Vital statistics of India. Vol. IV, Annual returns from 1871 to 1876. British Army of India, Native Army and jails of Bengal
Year: 1871
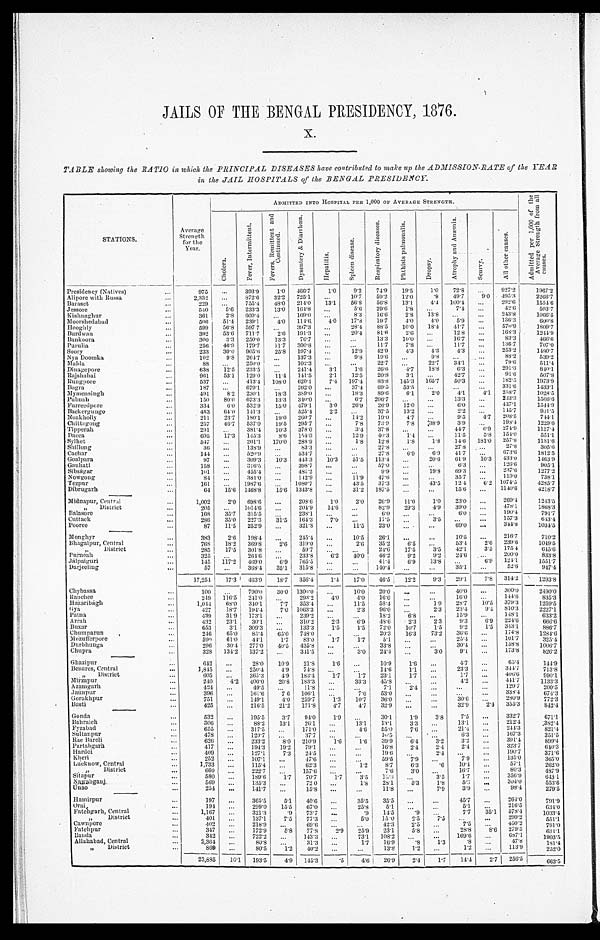
JAILS OF THE BENGAL PRESIDENCY, 1876.
TABLE showing the RATIO in which the PRINCIPAL DISEASES have contributed to make up the ADMISSION-RATE of the YEAR
in the JAIL HOSPITALS of the BENGAL PRESIDENCY.
S T A T I O N S .
A v e r a g e S t r e n g t h f o r t h e Y e a r .
ADMITTED INTO HOSPITAL PER 1, 000 OF AVERAGE STRENGTH.
A d m i t t e d p e r 1 , 0 0 0 o f t h e A v e r a g e S t r e n g t h f r o m a l l c a u s e s .
Ch o l e r a .
F e v e r , I n t e r m i t t e n t .
F e v e r R e m i t t e n t a n d C o n t i n u e d .
D y s e n t e r y & D i a r r h œ a .
H e p a t i t i s .
S p l e e n d i s e a s e .
R e s p i r a t o r y d i s e a s e s .
P h t h i s i s p u l m o n a l i s .
D r o p s y .
A t r o p h y a n d A n æ m i a .
S c u r v y . A l l o t h e r c a u s e s .
Presidency (Natives)
9 7 5
. . .
3 9 3 . 9
1 . 0
4 6 6 . 7
1 . 0
9 . 2
7 4 . 9
1 9 . 5
1 . 0
7 2 . 8
. . .
9 2 7 . 2
1 9 6 7 . 2
Alipore with Russa
2 , 3 3 2
. . .
8 7 2 . 6
3 2 . 2
7 2 5 . 1
. . .
1 0 . 7
5 9 . 2
1 2 . 0
. 9
4 9 . 7
9 . 0
4 9 5 . 3
2 2 6 6 . 7
Baraset
2 2 9
. . .
7 5 5 . 4
4 8 . 0
2 1 4 . 0
1 3 . 1
5 6 . 8
5 6 . 8
1 3 . 1
4 . 4
1 0 0 . 4
. . .
2 9 2 . 6
1 5 5 4 . 6
Jessore
5 4 0
5 . 6
2 3 3 . 3
1 3 . 0
1 6 4 . 8
. . .
5 . 6
2 9 . 6
1 . 8
. . .
7 . 4
. . .
4 2 . 6
5 0 3 . 7
Kishnaghur
3 6 1
2 . 8
6 0 9 . 4
. . .
1 6 9 . 0
. . .
8 . 3
1 6 . 6
2 . 8
1 3 . 8 . . .
. . .
2 4 3 . 8
1 0 6 6 . 5
Moorshedabad
5 0 6
5 1 . 4
2 3 9 . 1
4 . 0
1 1 4 . 6
4 . 0
1 7 . 8
1 9 . 7
4 . 0
4 . 0
5 . 9
. . .
1 3 6 . 3
6 0 0 . 8
Hooghly
5 9 9
5 6 . 8
5 9 7 . 7
. . .
3 9 7 . 3
. . .
2 8 . 4
8 8 . 5
1 0 . 0
1 8 . 4
4 1 . 7
. . .
5 7 0 . 9
1 8 0 9 . 7
Burdwan
3 9 2
5 3 . 6
7 1 1 . 7
2 . 6
1 9 1 . 3
. . .
2 0 . 4
8 1 . 6
2 . 6
. . .
1 2 . 8
. . .
1 6 8 . 3
1 2 4 4 . 9
Bankoora
3 0 0
3 . 3
2 5 0 . 0
1 3 . 3
7 6 . 7
. . .
. . .
1 3 . 3
1 0 . 0 . . .
1 6 . 7
. . .
8 3 . 3
4 6 6 . 6
Purulia
2 5 6
4 6 . 9
1 7 9 . 7
1 1 . 7
3 0 0 . 8
. . . . . .
1 1 . 7
7 . 8
. . .
1 1 . 7 . . .
1 3 6 . 7
7 0 7 . 0
Soory
2 3 3
3 0 . 0
9 0 5 . 6
2 5 . 8
1 9 7 . 4
. . .
1 2 . 9
4 2 . 9
4 . 3
4 . 3
4 . 3
. . .
2 5 3 . 2
1 4 8 0 . 7
Nya Doomka
1 0 2
9 . 8
2 6 4 . 7
. . . . . .
1 3 7 . 3
. . .
9 . 8
1 9 . 6
. . .
9 . 8
. . .
. . .
8 8 . 2
5 3 9 . 2
Malda
8 8
. . .
2 5 0 . 0
. . .
1 0 2 . 3
. .
. . .
2 2 . 7 . . .
2 2 . 7
3 4 . 1
. . .
7 9 . 6
5 1 1 . 4
Dinagepore
6 3 8
1 2 . 5
2 3 3 . 5
. . .
2 4 1 . 4
3 . 1
1 . 6
2 6 . 6
4 . 7
1 8 . 8
6 . 3
. . .
2 9 1 . 3
8 4 0 . 1
Rajshahai
9 6 1
5 3 . 1
1 2 9 . 0
1 1 . 4
1 4 1 . 5
2 . 1
1 2 . 5
2 0 . 8
3 . 1
. . .
4 2 . 7
. . .
9 1 . 6
5 0 7 . 8
Rungpore
5 3 7
. . .
4 1 3 . 4
1 0 8 . 0
6 2 0 . 1
7 . 4
1 9 7 . 4
8 3 . 8
1 4 5 . 3
1 6 5 . 7
5 0 . 3
1 8 2 . 5
1 9 7 3 . 9
Bogra
1 8 7
. . .
6 7 9 . 1
. . .
2 6 2 . 0
. . .
3 7 . 4
6 9 . 5
5 3 . 5
. . .
. . .
. . .
3 3 1 . 6
1 4 3 3 . 1
Mymensingh
4 9 1
8 . 2
2 3 0 . 1
1 8 . 3
3 8 9 . 0
. . .
1 8 . 3
8 9 . 6
6 . 1
2 . 0
4 . 1
4 . 1
2 5 8 . 7
1 0 2 8 . 5
Pubnah
1 5 0
8 0 . 0
6 7 3 . 3
1 3 . 3
3 4 0 . 0
. . .
6 . 7
2 0 6 . 7
. . .
. . .
1 3 . 3
. . .
2 3 3 . 3
1 5 6 6 . 6
Furreedpore
3 3 4
6 . 0
5 3 2 . 9
1 5 . 0
4 7 9 . 1
3 . 0
2 6 . 9
2 6 . 9
1 2 . 0 . . .
6 . 0 . . .
4 3 7 . 1
1 5 4 4 . 9
Backergungo
4 5 3
6 4 . 0
1 4 1 . 3 . . .
5 2 5 . 4
2 . 2
. . .
3 7 . 5
1 3 . 2
. . .
2 . 2
. . .
1 4 5 . 7
9 3 1 . 5
Noakholly
2 1 1
2 3 . 7
1 8 0 . 1
1 9 . 0
2 6 0 . 7
. . .
1 4 . 2
1 9 . 0
4 . 7
. . .
9 . 5
4 . 7
2 0 8 . 5
7 4 4 . 1
Chittagong
2 5 7
4 6 . 7
5 3 7 . 0
1 9 . 5
2 9 5 . 7
. . .
7 . 8
7 3 . 9
7 . 8
3 8 . 9
3 . 9
. . .
1 9 8 . 4
1 2 2 9 . 6
Tipperah
2 9 1
. . .
3 8 1 . 4
1 0 . 3
3 7 8 . 0
. . .
3 . 4
3 7 . 8 . . .
. . .
4 4 . 7
6 . 9
2 7 4 . 9
1 1 3 7 . 4
Dacca
6 9 5
1 7 . 3
1 4 5 . 3
8 . 6
1 5 4 . 0
. . .
1 2 . 9
4 0 . 3
1 . 4
. . .
1 1 . 5
5 . 8
1 5 4 . 0
5 5 1 . 1
Sylhet
5 4 7
. . .
2 0 1 . 1
1 7 0 . 0
2 8 8 . 9
. . .
1 . 8
1 2 . 8
1 . 8
1 . 8
1 4 . 6
1 8 1 . 0
2 5 7 . 8
1 1 3 1 . 6
Shillong
3 6
. . .
1 3 8 . 9
. . .
8 3 . 3
. . .
. . .
2 7 . 8
. . .
. . .
2 7 . 8
. . .
2 7 . 8
3 0 5 . 6
Cachar
1 4 4
. . .
5 2 0 . 9
. . .
5 3 4 . 7
. . .
. . .
2 7 . 8
6 . 9
6 . 9
4 1 . 7
. . .
6 7 3 . 6
1 8 1 2 . 5
Goalpara
9 7
. . .
3 0 9 . 3
1 0 . 3
4 4 3 . 3
1 0 . 3
5 1 . 5
1 1 3 . 4
. . .
2 0 . 6
6 1 . 9
1 0 . 3
4 3 3 . 0
1 4 6 3 . 9
Gauhati
1 5 8
. . .
3 1 6 . 5
. . .
3 9 8 . 7
. . .
. . .
5 7 . 0
. . . . . .
6 . 3
. . .
1 2 6 . 6
9 0 5 . 1
Sibságar
1 0 1
. . .
4 5 5 . 4
. . .
4 8 5 . 2
. . .
. . .
9 . 9
. . .
1 9 . 8
6 9 . 3
. . .
2 3 7 . 6
1 2 7 7 . 2
Nowgong
8 4
. . .
3 8 1 . 0
. . .
1 4 2 . 9
. . .
1 1 . 9
4 7 . 6
. . .
. . .
3 5 . 7
. . .
1 1 9 . 0
7 3 8 . 1
Tezpur
1 6 1
. . .
1 9 8 7 . 6
. . .
1 0 8 0 . 7
. . .
4 3 . 5
3 7 . 3
. . .
4 3 . 5
1 2 . 4
6 . 2
1 0 7 4 . 5
4 2 8 5 . 7
Dibrugarh
6 4
1 5 . 6
1 4 6 8 . 8
1 5 . 6
1 3 4 3 . 8 . . .
3 1 . 2
1 8 7 . 5
. . .
. . .
1 5 . 6
. . .
1 1 4 0 . 6
4 2 1 8 . 7
Midnapur, Central
1 , 0 0 2
2 . 0
6 9 8 . 6
. . .
2 0 8 . 6
1 . 0
2 . 0
2 6 . 9
1 1 . 0
1 . 0
2 3 . 0
. . .
2 6 9 . 4
1 2 4 3 . 5
" District
2 0 5
. . .
1 0 1 4 . 6
. . .
2 0 4 . 9
1 4 . 6
. . .
8 2 . 9
2 9 . 3
4 . 9
3 9 . 0
. . .
4 7 8 . 1
1 8 6 8 . 3
Balasore
1 6 8
3 5 . 7
3 1 5 . 5
. . .
2 3 8 . 1
. . .
. . .
6 . 0
. . .
. . .
6 . 0 . . .
1 9 0 . 4
7 9 1 . 7
Cuttack
2 8 6
3 5 . 0
2 2 7 . 3
3 1 . 5
1 6 4 . 3
7 . 0
. . .
1 7 . 5
. . .
3 . 5
. . .
. . .
1 5 7 . 3
6 4 3 . 4
Pooree
8 7
1 1 . 5
2 5 2 . 9 . . .
3 1 2 . 8
. . .
1 1 . 5
2 3 . 0
. . .
. . .
6 9 . 0
. . .
3 4 4 . 8
1 0 3 4 . 5
Monghyr
3 8 3
2 . 6
1 9 8 . 4
. . .
2 4 5 . 4
. . .
1 0 . 5
2 6 . 1
. . .
. . .
1 0 . 5
. . .
2 1 6 . 7
7 1 0 . 2
Bhagalpur, Central
7 6 8
1 8 . 2
3 6 9 . 8
2 . 6
3 1 9 . 0
. . .
2 . 6
3 5 . 2
6 . 5
. . .
5 3 . 4
2 . 6
2 3 9 . 6
1 0 4 9 . 5
" District
2 8 5
1 7 . 5
3 0 1 . 8
. . .
5 9 . 7
. . .
. . .
2 4 . 6
1 7 . 5
3 . 5
4 2 . 1
3 . 5
1 7 5 . 4
6 4 5 . 6
Purneah
3 2 5
. . .
2 6 4 . 6
. . .
2 3 3 . 8
6 . 2
4 0 . 0
4 6 . 2
9 . 2
9 . 2
2 4 . 6
. . .
2 0 0 . 0
8 3 3 . 8
Jálpaiguri
1 4 5
1 1 7 . 2
4 6 9 . 0
6 . 9
7 6 5 . 5
. . .
. . .
4 1 . 4
6 . 9
1 3 . 8
. . .
6 . 9
1 2 4 . 1
1 5 5 1 . 7
Darjeeling
5 7
. . .
3 6 8 . 4
3 5 . 1
3 1 5 . 8
. . .
. . . 1 4 0 . 4
. . .
. . .
3 5 . 1
. . .
5 2 . 6
9 4 7 . 4
1 7 , 2 5 4
1 7 . 3
4 6 3 . 9
1 8 . 7
3 5 6 . 4
1 . 4
1 7 . 0 4 6 . 5
1 2 . 2
9 . 3
2 9 . 1
7 . 8
3 1 4 . 2
1 2 9 3 . 8
Chybassa
1 0 0
. . .
7 9 0 . 0
3 0 . 0
1 3 0 0 . 0
. . .
1 0 . 0
2 0 . 0
. . .
. . .
4 0 . 0
. . .
3 0 0 . 0
2 4 9 0 . 0
Ranchee
2 4 9
1 1 6 . 5
2 4 1 . 0
. . .
2 9 3 . 2
4 . 0
4 . 0
1 6 . 0
. . .
. . .
1 6 . 0
. . .
1 4 4 . 6
8 3 5 . 3
Hazáribágh
1 , 0 4 4
6 8 . 0
3 4 0 . 1
7 . 7
3 5 3 . 4
. . .
1 1 . 5
5 8 . 4
. . .
1 . 9
2 8 . 7
1 0 . 5
3 7 9 . 3
1 2 5 9 . 5
Gya
4 2 7
1 8 . 7
1 9 4 . 4
7 . 0
1 0 6 3 . 3
. . .
2 . 3
9 6 . 0
. . .
2 . 3
2 3 . 4
9 . 4
8 1 0 . 3
2 2 2 7 . 1
Patna
4 3 9
3 1 . 9
1 7 3 . 1
. . .
2 3 9 . 2
. . .
. . .
1 8 . 2
6 . 8
. . .
1 5 . 9
. . .
1 4 8 . 1
6 3 3 . 2
Arrah
4 3 2
2 3 . 1
3 0 . 1
. . .
3 1 0 . 2
2 . 3
6 . 9
4 8 . 6
2 . 3
2 . 3
9 . 3
6 . 9
2 2 4 . 6
6 6 6 . 6
Buxar
6 5 3
3 . 1
3 0 9 . 3
. . .
1 3 3 . 3
1 . 5
1 . 5
7 2 . 0
1 0 . 7
1 . 5
9 . 2
1 . 5
3 4 3 . 1
8 8 6 . 7
Chumparun
2 4 6
6 5 . 0 8 5 . 4
6 5 . 0
7 4 8 . 0
. . .
. . .
2 0 . 3
1 6 . 3
7 3 . 2
3 6 . 6
. . .
1 7 4 . 8
1 2 8 4 . 6
Mozufferpore
5 9 9
6 1 . 0 4 4 . 1
1 . 7
8 3 . 0
1 . 7
1 . 7
5 . 1
. . .
. . .
2 5 . 4
. . .
1 0 1 . 7
3 2 5 . 4
Durbhunga
2 9 6
3 0 . 4
2 7 7 . 0
4 0 . 5
4 3 5 . 8
. . .
. . .
3 3 . 8
. . .
. . .
3 0 . 4
. . .
1 5 8 . 8
1 0 0 6 . 7
Chupra
3 2 8
1 3 4 . 2 1 3 7 . 2
. . .
3 4 1 . 5
. . .
3 . 0
2 4 . 4
. . .
3 . 0
9 . 1
. . .
1 7 3 . 8
8 2 6 . 2
Ghazipur
6 4 2
. . .
2 8 . 0
1 0 . 9
2 1 . 8
1 . 6
. . .
1 0 . 9
1 . 6
. . .
4 . 7
. . .
6 5 . 4
1 4 4 . 9
Benares, Central
1 , 8 4 5
. . .
2 5 0 . 4
4 . 9
7 4 . 8
. . .
. . .
1 4 . 6
1 . 1
. . .
2 3 . 3
. . .
3 4 4 . 7
7 1 3 . 8
" District
6 0 5
. . .
3 6 5 . 3
4 . 9
1 8 3 . 4
1 . 7
1 . 7
2 3 . 1
1 . 7
. . .
1 . 7
. . .
4 0 6 . 6
9 9 0 . 1
Mirzapur
2 4 0
4 . 2
4 0 0 . 0
2 0 . 8
1 8 3 . 3
. . .
3 3 . 3
4 5 . 8
. . .
. . .
4 . 2
. . .
4 4 1 . 7
1 1 3 3 . 3
Azamgarh
4 2 4
. . .
4 9 . 5
. . .
1 1 . 8
. . .
. . .
7 . 1
2 . 4
. . .
. . .
. . .
1 2 9 . 7
2 0 0 . 5
Jaunpur
3 9 6
. . .
1 6 1 . 6
7 . 6 1 0 6 . 1
. . .
7 . 6
5 3 . 0
. . .
. . .
. . .
. . .
3 3 8 . 4
6 7 4 . 3
Gorakhpur
7 5 1
. . .
1 4 9 . 1
4 . 0
2 5 9 . 7
1 . 3
1 0 . 7
3 6 . 0
. . .
. . .
3 0 . 6
. . .
2 8 0 . 9
7 7 2 . 3
Basti
4 2 5
. . .
2 1 6 . 5
2 1 . 2 1 7 1 . 8
4 . 7
4 . 7
3 2 . 9
. . .
. . .
3 2 . 9
2 . 4
3 5 5 . 3
8 4 2 . 4
Gonta
5 3 2
. . .
1 9 5 . 5
3 . 7
9 4 . 0
1 . 9
. . .
3 0 . 1
1 . 9
3 . 8
7 . 5
. . .
3 3 2 . 7
6 7 1 . 1
Bahraich
3 0 6
. . .
8 8 . 2
1 3 . 1
2 6 . 1
. . .
1 3 . 1
1 3 . 1
3 . 3
. . .
1 3 . 1
. . .
2 1 2 . 4
3 8 2 . 4
Fyzabad
6 5 5
. . .
3 1 7 . 5
. . .
1 7 1 . 0
. . .
4 . 6
5 5 . 0
7 . 6
. . .
2 1 . 4
. . .
2 4 4 . 3
8 2 1 . 4
Sultanpur
4 7 8
. . .
1 2 9 . 7
. . . 3 7 . 7
. . .
. . .
1 6 . 5
. . .
. . .
6 . 3
. . .
1 6 7 . 3
3 5 1 . 5
Rae Bareli
6 2 6
. . .
2 3 3 . 2
8 . 0 2 1 0 . 9
1 . 6
1 . 6
3 9 . 9
6 . 4
3 . 2
3 . 2
. . .
3 9 1 . 4
8 9 9 . 4
Partabgarh
4 1 7
. . .
1 9 4 . 3
1 9 . 2 7 9 . 1
. . .
. . .
1 6 . 8
2 . 4
2 . 4
2 . 4
. . .
3 2 3 . 7
6 4 0 . 3
Hardoi
4 0 9
. . .
1 2 7 . 1
7 . 3
2 4 . 5
. . .
. . .
1 9 . 6
. . .
2 . 4
. . .
. . .
1 9 0 . 7
3 7 1 . 6
Kheri
2 5 2
. . .
1 0 7 . 1
. . .
4 7 . 6
. . .
. . .
5 9 . 5
7 . 9
. . .
7 . 9
. . .
1 3 5 . 0
3 6 5 . 0
Lucknow, Cent ral
1 , 7 3 3
. . .
1 1 5 . 4
. . .
6 2 . 3
. . .
1 . 2
8 . 7
6 . 3
. 6
1 0 . 4
. . .
5 7 . 1
2 6 2 . 0
" District
6 6 0
. . .
2 2 2 . 7
. . .
1 5 7 . 6
. . .
. . .
7 . 6
3 . 0
. . .
1 6 . 7
. . .
8 0 . 3
4 8 7 . 9
Sitapur
5 8 0
. . .
1 8 9 . 6
1 . 7
7 0 . 7
1 . 7
3 . 5
1 3 . 8
. . .
3 . 5
1 . 7
. . .
3 5 6 . 9
6 4 3 . 1
Nawabganj
5 6 9
. . .
1 3 5 . 3
. . .
7 2 . 0
. . .
1 . 8
2 8 . 1
5 . 3
1 . 8
5 . 3
. . .
3 0 4 . 0
5 5 3 . 6
Unao
2 5 4
. . .
1 4 1 . 7
. . .
1 5 . 8
. . .
. . .
1 1 . 8
. . .
7 . 9
3 . 9
. . .
9 8 . 4
2 7 9 . 5
Hamirpur
1 9 7
. . .
3 6 5 . 5
5 . 1 4 0 . 6
. . .
3 5 . 5
3 5 . 5
. . .
. . .
4 5 . 7
. . .
2 6 4 . 0
7 9 1 . 9
Or al
1 9 4
. . .
2 9 9 . 0
1 5 . 5
6 7 . 0
. . .
2 5 . 8
5 . 1
. . . . . .
5 . 1
. . .
2 1 6 . 5
6 3 4 . 0
Fatehgarh, Central
1 , 1 6 7
. . .
3 2 1 . 3
. 9
7 3 . 7
. . .
. 9
1 4 . 5
. 9
. . .
7 . 7
3 5 . 1
5 7 8 . 4
1 0 3 3 . 4
" Di s t r i c t
4 0 1
. . .
1 3 7 . 1
7 . 5
7 7 . 3
. . .
5 . 0
1 5 . 0
2 . 5
7 . 5
. . .
. . .
2 9 9 . 2
5 5 1 . 1
Cawnpore
4 0 2
. . .
2 1 8 . 9
. . .
6 9 . 6
. . .
. . .
4 2 . 3
2 . 5
. . .
7 . 5
. . .
4 5 0 . 2
7 9 1 . 0
Fatehpur
3 4 7
. . .
1 7 2 . 9
5 . 8
7 7 . 8
2 . 9
2 5 . 9
2 3 . 1
5 . 8
. . .
2 8 . 8
8 . 6
2 7 9 . 5
6 3 1 . 1
Banda
3 4 2
. . .
7 2 2 . 2
. . .
1 4 3 . 3
. . .
7 3 . 1
1 0 8 . 2
. . . . . .
1 6 9 . 6
. . .
6 8 7 . 1
1 9 0 3 . 5
Allahabad, Central
2 , 3 6 4
. . .
8 0 . 8
. . .
3 1 . 3
. . .
1 . 7
1 6 . 9
. 8
1 . 3
. 8
. . .
4 7 . 8
1 8 1 . 4
" District
8 6 9
2 3 , 8 8 5
. . .
. . .
1 0 . 1
8 0 . 5
1 9 3 . 5
1 . 2
4 . 9
4 0 . 2
1 4 5 . 3
. . .
. 5
. . .
4 . 6
1 3 . 8
2 6 . 9
1 . 2
2 . 4
. . .
1 . 7
1 . 2
1 4 . 4
. . .
2 . 7
1 1 3 . 9
2 5 6 . 5
2 5 2 . 0
6 6 3 . 5